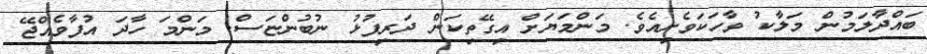
ބައްދާލަމުން މަލާކު ވާހަކަވެށިއެވެ. މަންމަޔަށް އިގޭތިކަން ދަރިފުޅު ނުބުންޏަސް. މަންމަ ހާދަ އުފާވެއްޖޭ